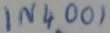
Text: IN4001